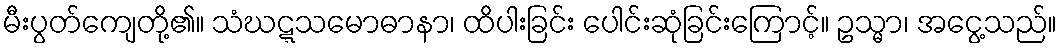
မီးပွတ်ကျေတို့၏။ သံဃဋ္ဋသမောဓာနာ၊ ထိပါးခြင်း ပေါင်းဆုံခြင်းကြောင့်။ ဥသ္မာ၊ အငွေ့သည်။